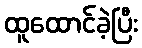
ထူထောင်ခဲ့ပြီး